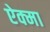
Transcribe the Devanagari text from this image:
ऐक्मा